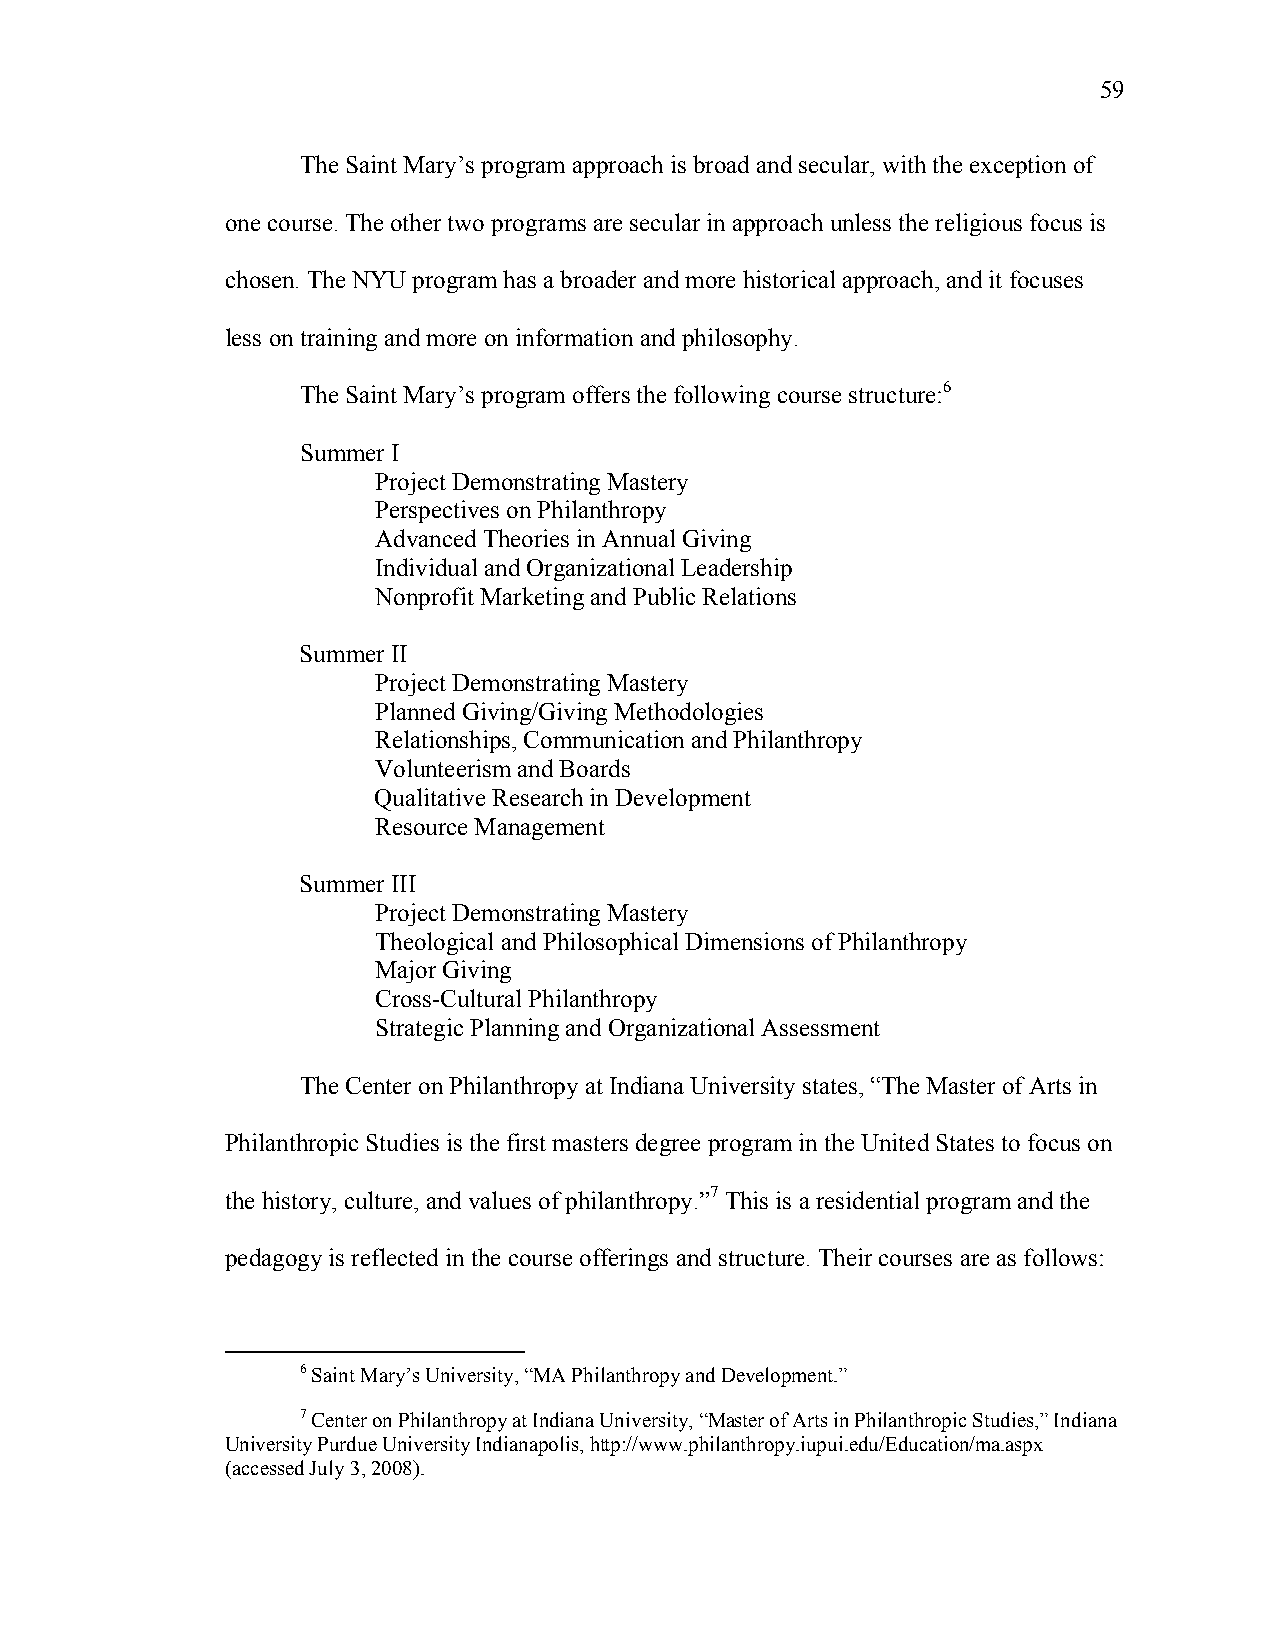
59
 The Saint Mary’s program approach is broad and secular, with the exception of
 one course. The other two programs are secular in approach unless the religious focus is
 chosen. The NYU program has a broader and more historical approach, and it focuses
 less on training and more on information and philosophy.
 The Saint Mary’s program offers the following course structure:6
 Summer I
 Project Demonstrating Mastery
 Perspectives on Philanthropy
 Advanced Theories in Annual Giving
 Individual and Organizational Leadership
 Nonprofit Marketing and Public Relations
 Summer II
 Project Demonstrating Mastery
 Planned Giving/Giving Methodologies
 Relationships, Communication and Philanthropy
 Volunteerism and Boards
 Qualitative Research in Development
 Resource Management
 Summer III
 Project Demonstrating Mastery
 Theological and Philosophical Dimensions of Philanthropy
 Major Giving
 Cross-Cultural Philanthropy
 Strategic Planning and Organizational Assessment
 The Center on Philanthropy at Indiana University states, “The Master of Arts in
 Philanthropic Studies is the first masters degree program in the United States to focus on
 the history, culture, and values of philanthropy.”7 This is a residential program and the
 pedagogy is reflected in the course offerings and structure. Their courses are as follows:
 6 Saint Mary’s University, “MA Philanthropy and Development.”
 7 Center on Philanthropy at Indiana University, “Master of Arts in Philanthropic Studies,” Indiana
 University Purdue University Indianapolis, http://www.philanthropy.iupui.edu/Education/ma.aspx
 (accessed July 3, 2008).